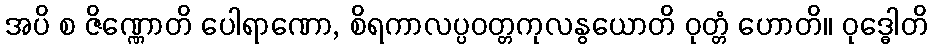
အပိ စ ဇိဏ္ဏောတိ ပေါရာဏော, စိရကာလပ္ပဝတ္တကုလနွယောတိ ဝုတ္တံ ဟောတိ။ ဝုဒ္ဓေါတိ